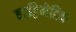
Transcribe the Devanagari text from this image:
हाईड्रेमेटिक